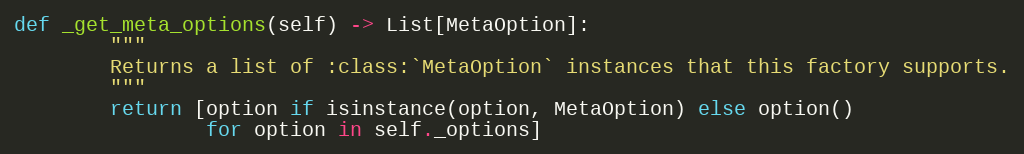
Language: Python
def _get_meta_options(self) -> List[MetaOption]:
        """
        Returns a list of :class:`MetaOption` instances that this factory supports.
        """
        return [option if isinstance(option, MetaOption) else option()
                for option in self._options]